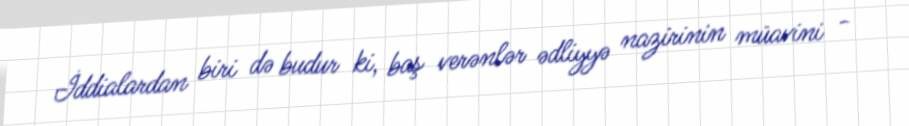
İddialardan biri də budur ki, baş verənlər ədliyyə nazirinin müavini -